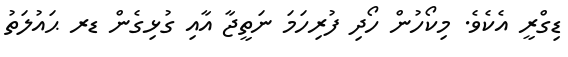
ޑިގްރީ އެކެވެ. މިކޯހުން ހޯދި ފުރިހަމަ ނަތީޖާ އާއި ގުޅިގެން ޑރ ޙައުލަތު